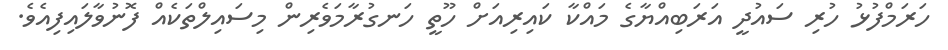
ހަރަމްފުޅު ހުރި ސައުދީ އަރަބިއްޔާގެ މައްކާ ކައިރިއަށް ހޫތީ ހަނގުރާމަވެރިން މިސައިލްތަކެއް ފޮނުވާލައިފިއެވެ.